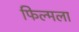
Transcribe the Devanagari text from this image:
फिल्मला